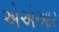
એએઆર